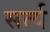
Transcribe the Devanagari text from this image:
सर्त्य